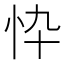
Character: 忰